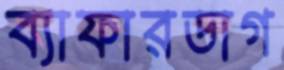
ব্যাফারডাগ